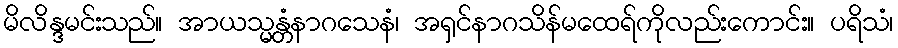
မိလိန္ဒမင်းသည်။ အာယသ္မန္တံနာဂသေနံ၊ အရှင်နာဂသိန်မထေရ်ကိုလည်းကောင်း။ ပရိသံ၊